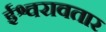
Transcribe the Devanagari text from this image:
ईश्वरावतार